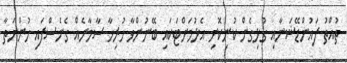
ތުއްތު ފައުންޑޭޝަނާއި ގުޅިގެން ކުނިކޮށި އެޅުމަށްޓަކައި ބޭނުންވާ ހުރިހާ ސާމާނެއް ގެނެސްފައި ހުންނަތާ